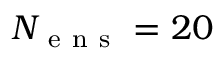
N _ { \mathrm { ~ e ~ n ~ s ~ } } = 2 0